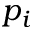
p _ { i }